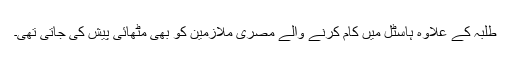
طلبہ کے علاوہ ہاسٹل میں کام کرنے والے مصری ملازمین کو بھی مٹھائی پیش کی جاتی تھی۔